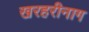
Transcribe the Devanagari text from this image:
खरहरीनाग